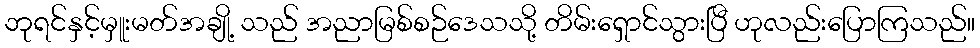
ဘုရင်နှင့်မှူးမတ်အချို့ သည် အညာမြစ်စဉ်ဒေသသို့ တိမ်းရှောင်သွားပြီ ဟုလည်းပြောကြသည်။